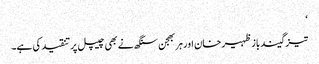
‘
تیز گیند باز ظہیر خان اور ہربھجن سنگھ نے بھی چیپل پر تنقید کی ہے۔